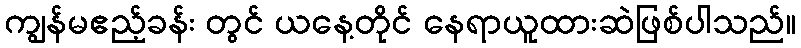
ကျွန်မဧည့်ခန်း တွင် ယနေ့တိုင် နေရာယူထားဆဲဖြစ်ပါသည်။